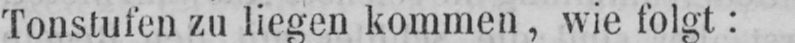
Tonstufen zu liegen kommen, wie folgt: